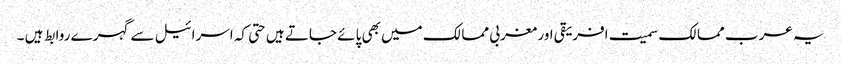
یہ عرب ممالک سمیت افریقی اور مغربی ممالک میں بھی پائے جاتے ہیں حتی کہ اسرائیل سے گہرے روابط ہیں ۔